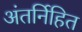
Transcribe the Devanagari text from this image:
अंतर्निहित